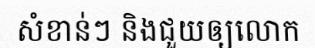
សំខាន់ៗ និងជួយឲ្យលោក